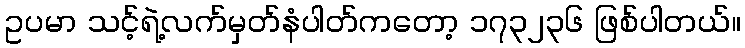
ဥပမာ သင့်ရဲ့လက်မှတ်နံပါတ်ကတော့ ၁၇၃၂၃၆ ဖြစ်ပါတယ်။